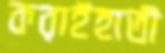
করাইহাতী